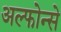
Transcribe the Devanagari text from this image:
अल्फोन्से